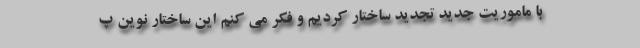
با ماموریت جدید تجدید ساختار کردیم و فکر می کنم این ساختار نوین پ